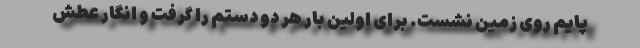
پایم روی زمین نشست. برای اولین بار هر دو دستم را گرفت و انگار عطش